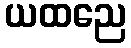
ယထညေ